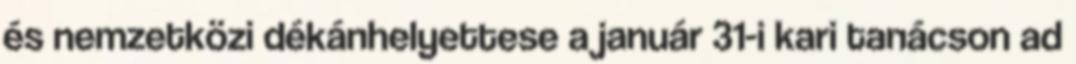
és nemzetközi dékánhelyettese a január 31-i kari tanácson ad